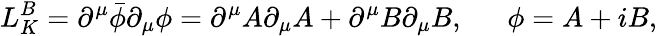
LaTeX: L_{K}^{B}=\partial^{\mu}\bar{\phi}\partial_{\mu}\phi=\partial^{\mu}A\partial_{\mu}A+\partial^{\mu}B\partial_{\mu}B,\, \, \, \, \, \, \, \, \, \phi=A+iB,\,